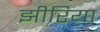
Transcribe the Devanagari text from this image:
झीरिया